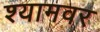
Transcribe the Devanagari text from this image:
श्यामवर